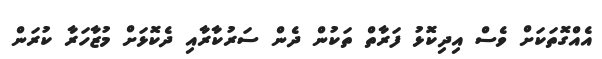
އެއްގޮތަކަށް ވެސް އިދިކޮޅު ފަރާތް ތަކުން ދެން ސަރުކާރާއި ދެކޮޅަށް މުޒާހަރާ ކުރަން